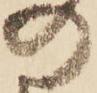
の